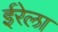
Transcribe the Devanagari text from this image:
ईरेला